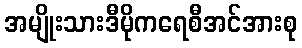
အမျိုးသားဒီမိုကရေစီအင်အားစု